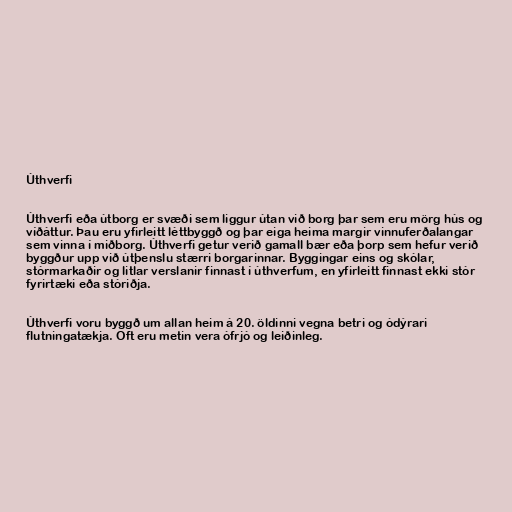
Úthverfi

Úthverfi eða útborg er svæði sem liggur útan við borg þar sem eru mörg hús og
víðáttur. Þau eru yfirleitt léttbyggð og þar eiga heima margir vinnuferðalangar
sem vinna í miðborg. Úthverfi getur verið gamall bær eða þorp sem hefur verið
byggður upp við útþenslu stærri borgarinnar. Byggingar eins og skólar,
stórmarkaðir og litlar verslanir finnast í úthverfum, en yfirleitt finnast ekki stór
fyrirtæki eða stóriðja.

Úthverfi voru byggð um allan heim á 20. öldinni vegna betri og ódýrari
flutningatækja. Oft eru metin vera ófrjó og leiðinleg.